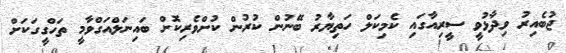
ޖުބެއިރު ވިދާޅުވީ ސީރިއާގައި ކެމިކަލް ހަތިޔާރު ބޭނުން ކުރުން ކުށްވެރިކޮށް ބައިނަލްއަގްވާމީ ތަހްގީގަކަށް